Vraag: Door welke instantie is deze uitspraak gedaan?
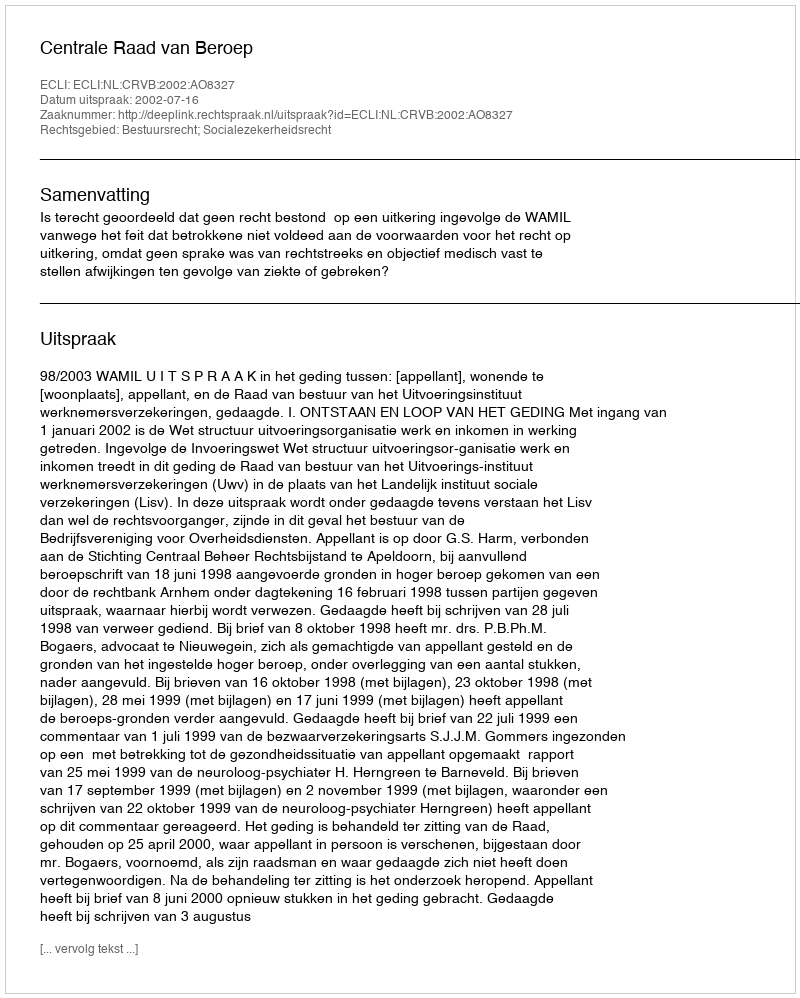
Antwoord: Centrale Raad van Beroep